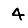
Digit: 4